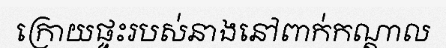
ក្រោយផ្ទះរបស់នាងនៅពាក់កណ្តាល